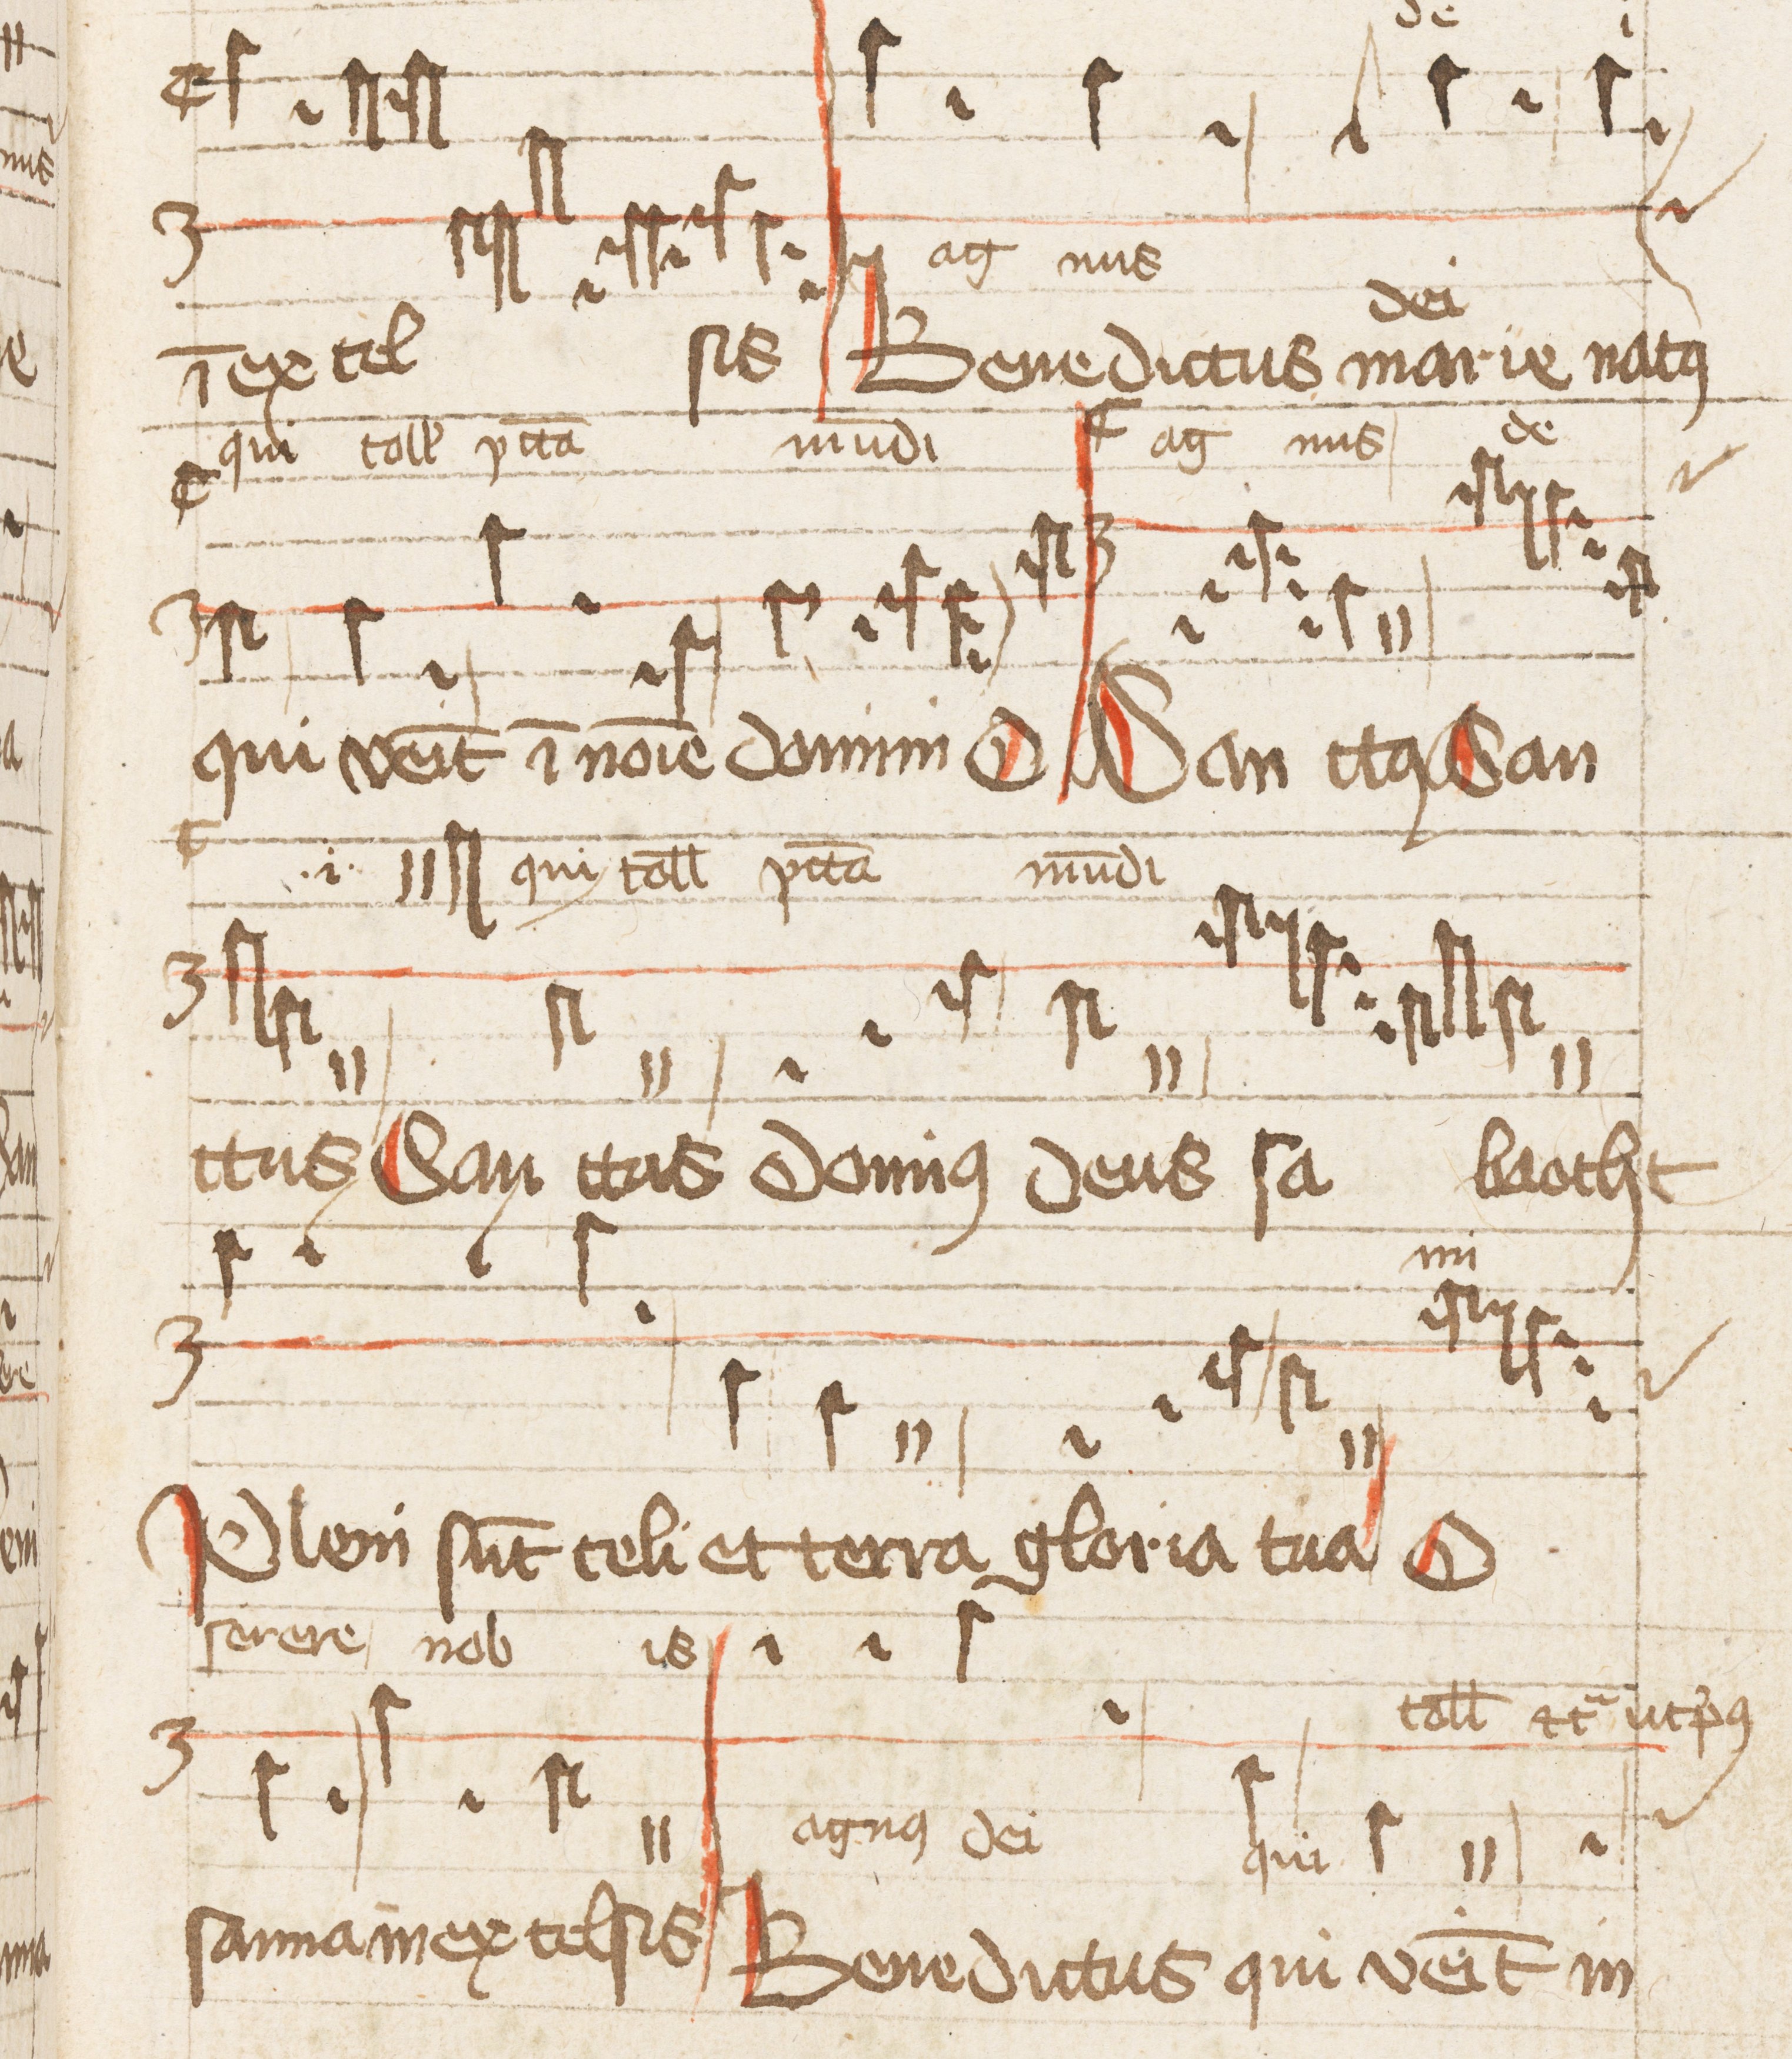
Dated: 1500–1599